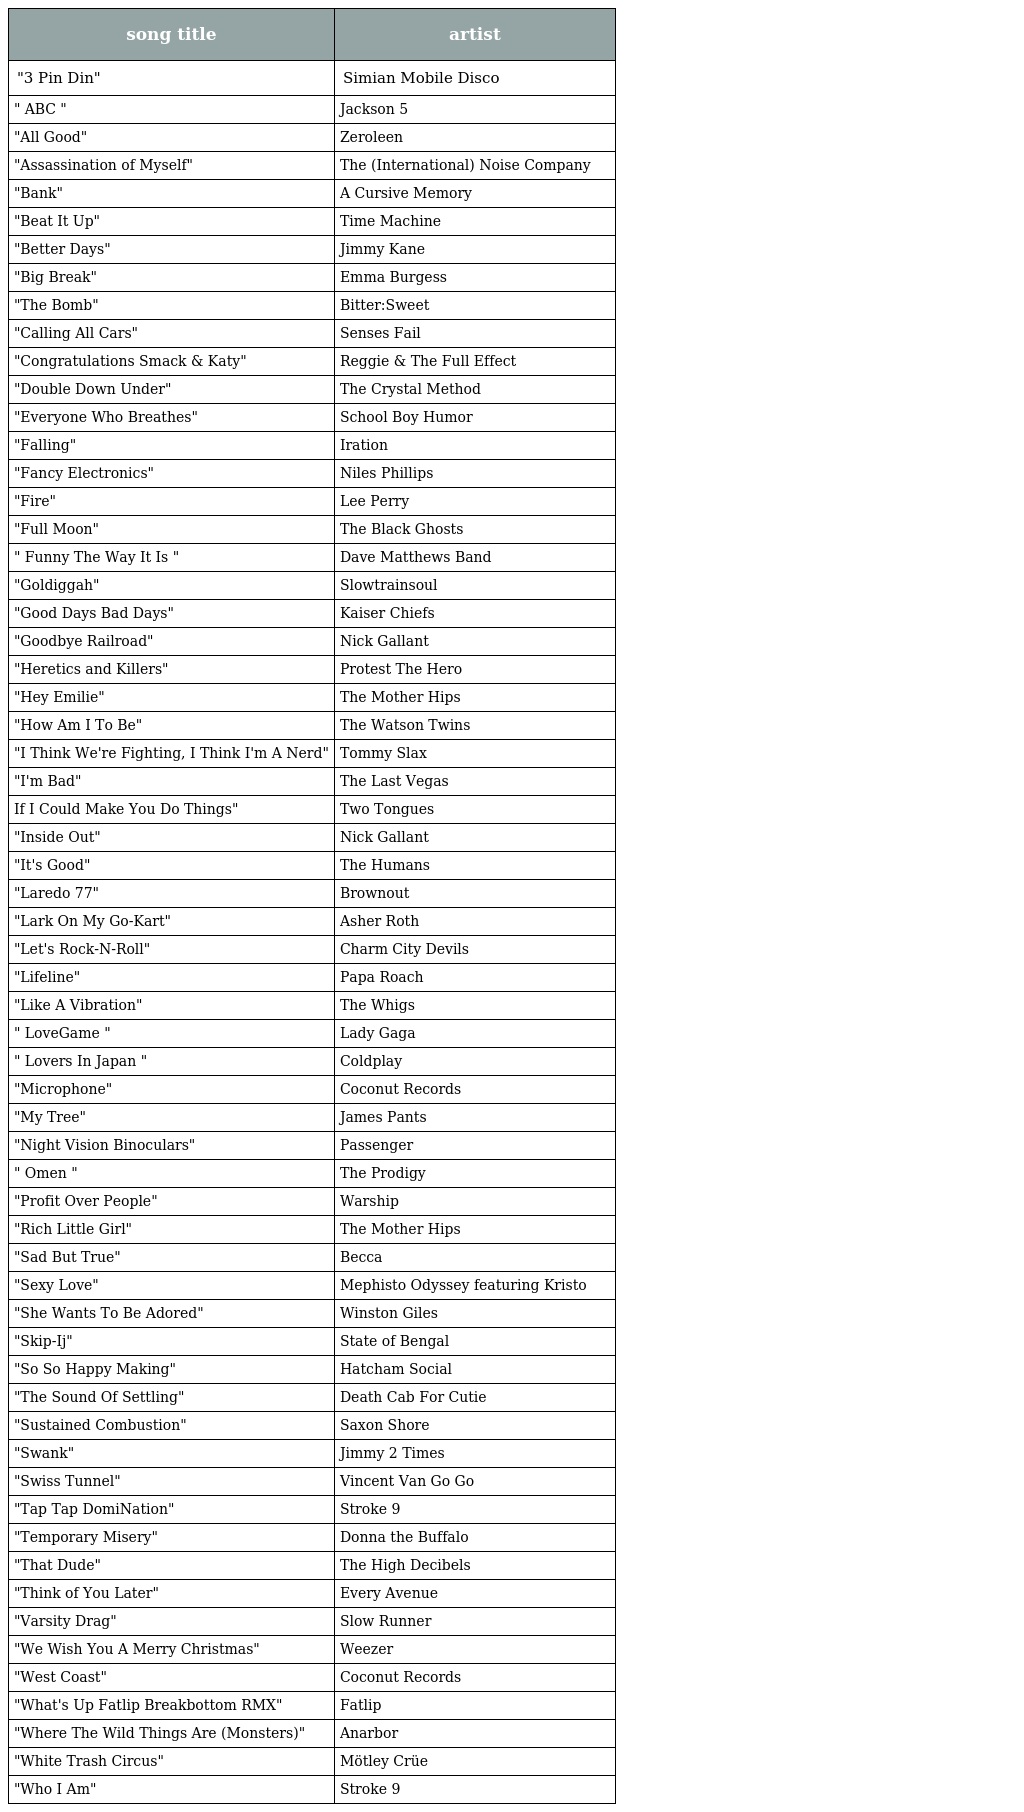
| song title | artist |
 | --- | --- |
 | "3 Pin Din" | Simian Mobile Disco |
 | " ABC " | Jackson 5 |
 | "All Good" | Zeroleen |
 | "Assassination of Myself" | The (International) Noise Company |
 | "Bank" | A Cursive Memory |
 | "Beat It Up" | Time Machine |
 | "Better Days" | Jimmy Kane |
 | "Big Break" | Emma Burgess |
 | "The Bomb" | Bitter:Sweet |
 | "Calling All Cars" | Senses Fail |
 | "Congratulations Smack & Katy" | Reggie & The Full Effect |
 | "Double Down Under" | The Crystal Method |
 | "Everyone Who Breathes" | School Boy Humor |
 | "Falling" | Iration |
 | "Fancy Electronics" | Niles Phillips |
 | "Fire" | Lee Perry |
 | "Full Moon" | The Black Ghosts |
 | " Funny The Way It Is " | Dave Matthews Band |
 | "Goldiggah" | Slowtrainsoul |
 | "Good Days Bad Days" | Kaiser Chiefs |
 | "Goodbye Railroad" | Nick Gallant |
 | "Heretics and Killers" | Protest The Hero |
 | "Hey Emilie" | The Mother Hips |
 | "How Am I To Be" | The Watson Twins |
 | "I Think We're Fighting, I Think I'm A Nerd" | Tommy Slax |
 | "I'm Bad" | The Last Vegas |
 | If I Could Make You Do Things" | Two Tongues |
 | "Inside Out" | Nick Gallant |
 | "It's Good" | The Humans |
 | "Laredo 77" | Brownout |
 | "Lark On My Go-Kart" | Asher Roth |
 | "Let's Rock-N-Roll" | Charm City Devils |
 | "Lifeline" | Papa Roach |
 | "Like A Vibration" | The Whigs |
 | " LoveGame " | Lady Gaga |
 | " Lovers In Japan " | Coldplay |
 | "Microphone" | Coconut Records |
 | "My Tree" | James Pants |
 | "Night Vision Binoculars" | Passenger |
 | " Omen " | The Prodigy |
 | "Profit Over People" | Warship |
 | "Rich Little Girl" | The Mother Hips |
 | "Sad But True" | Becca |
 | "Sexy Love" | Mephisto Odyssey featuring Kristo |
 | "She Wants To Be Adored" | Winston Giles |
 | "Skip-Ij" | State of Bengal |
 | "So So Happy Making" | Hatcham Social |
 | "The Sound Of Settling" | Death Cab For Cutie |
 | "Sustained Combustion" | Saxon Shore |
 | "Swank" | Jimmy 2 Times |
 | "Swiss Tunnel" | Vincent Van Go Go |
 | "Tap Tap DomiNation" | Stroke 9 |
 | "Temporary Misery" | Donna the Buffalo |
 | "That Dude" | The High Decibels |
 | "Think of You Later" | Every Avenue |
 | "Varsity Drag" | Slow Runner |
 | "We Wish You A Merry Christmas" | Weezer |
 | "West Coast" | Coconut Records |
 | "What's Up Fatlip Breakbottom RMX" | Fatlip |
 | "Where The Wild Things Are (Monsters)" | Anarbor |
 | "White Trash Circus" | Mötley Crüe |
 | "Who I Am" | Stroke 9 |